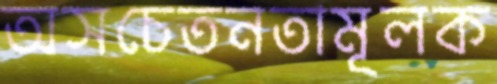
অসচেতনতামূলক